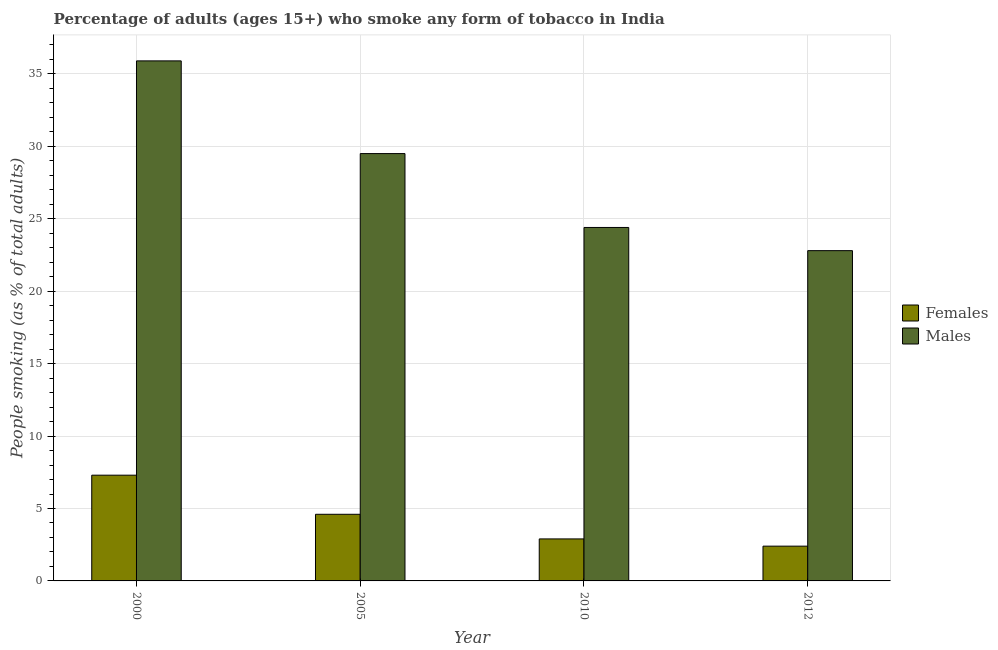
| Year | Females | Males |
 | --- | --- | --- |
 | 2000 | 7.3 | 35.9 |
 | 2005 | 4.6 | 29.5 |
 | 2010 | 2.9 | 24.4 |
 | 2012 | 2.4 | 22.8 |